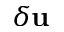
\delta \mathbf { u }